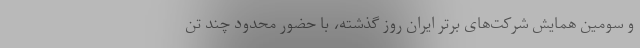
و سومین همایش شرکت‌های برتر ایران روز گذشته، با حضور محدود چند تن